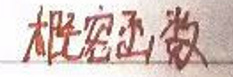
概率函数